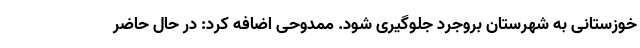
خوزستانی به شهرستان بروجرد جلوگیری شود. ممدوحی اضافه کرد: در حال حاضر